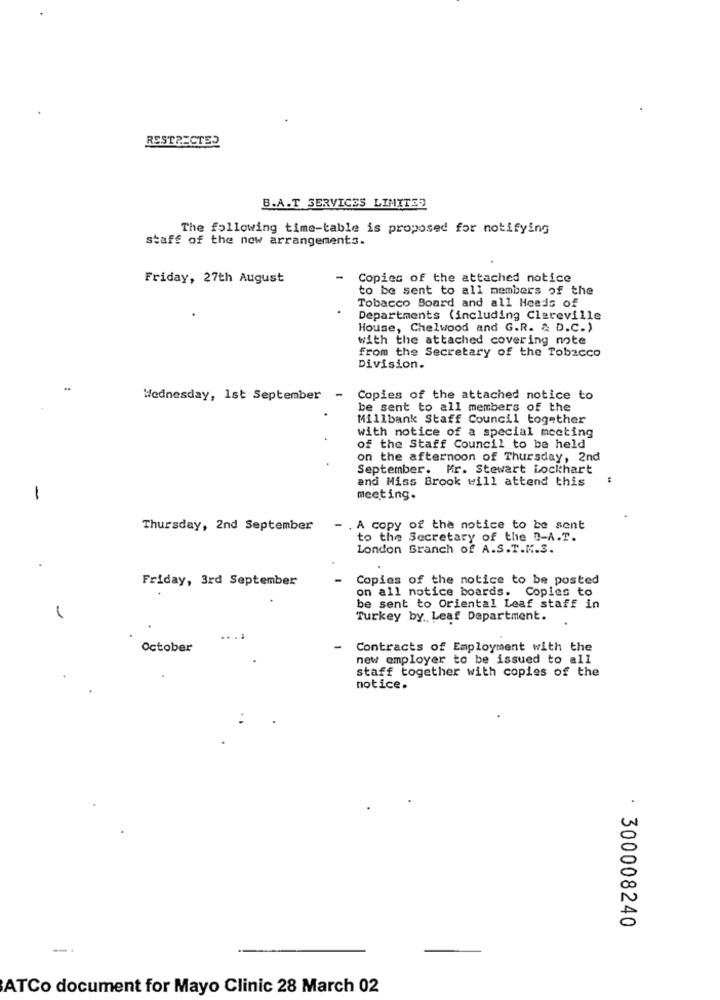
RESTRICTED
B.A.T SERVICES LIMITED
The following time-table is proposed for notifying
staff of the new arrangements.
Friday, 27th August
-
Copies of the attached notice
to be sent to all members of the
Tobacco Board and all Heads of
Departments (including Clareville
House, Chelwood and G.R. & D.C.)
with the attached covering note
from the Secretary of the Tobacco
Division.
Wednesday, 1st September
-
Copies of the attached notice to
be sent to all members of the
Millbank Staff Council together
with notice of a special meeting
of the Staff Council to be held
on the afternoon of Thursday, 2nd
September. Mr. Stewart Lockhart
and Miss Brook will attend this
meeting.
Thursday, 2nd September
- . A copy of the notice to be sent
to the Secretary of the D-A.T.
London Branch of A.S.T.K.3.
Friday, 3rd September
-
Copies of the notice to be posted
on all notice boards. Copies to
be sent to Oriental Leaf staff in
Turkey by. Leaf Department.
October
-
Contracts of Employment with the
new employer to be issued to all
staff together with copies of the
notice.
: 300008240
ATCo document for Mayo Clinic 28 March 02